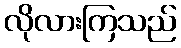
လိုလားကြသည်